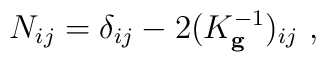
N_{ij}=\delta _{ij}-2(K_{\mathbf{g}}^{-1})_{ij}~,